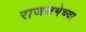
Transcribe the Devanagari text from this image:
राजसभेच्या